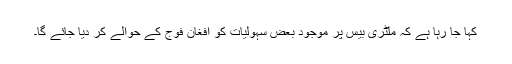
کہا جا رہا ہے کہ ملٹری بیس پر موجود بعض سہولیات کو افغان فوج کے حوالے کر دیا جائے گا۔